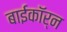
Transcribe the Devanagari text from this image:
बाईकॉर्न